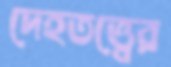
দেহতত্ত্বের